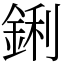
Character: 鋓